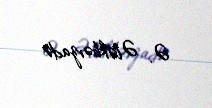
Ə. Ələkbərzadə